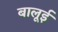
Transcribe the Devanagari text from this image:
बालूई